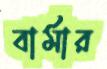
বার্মার